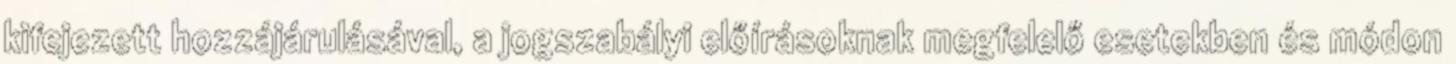
kifejezett hozzájárulásával, a jogszabályi előírásoknak megfelelő esetekben és módon